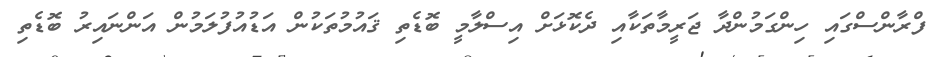
ފްރާންސްގައި ހިންގަމުންދާ ޖަރީމާތަކާއި ދެކޮޅަށް އިސްލާމީ ބޮޑެތި ޤައުމުތަކުން އަޑުއުފުލަމުން އަންނައިރު ބޮޑެތި